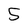
Character: 5